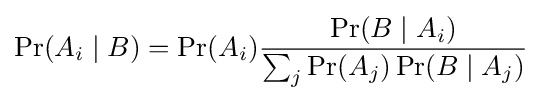
\Pr(A_{i}\mid B)=\Pr(A_{i}){\frac {\Pr(B\mid A_{i})}{\sum _{j}\Pr(A_{j})\Pr(B\mid A_{j})}}